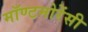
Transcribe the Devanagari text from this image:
मॉण्टमोरेंसी